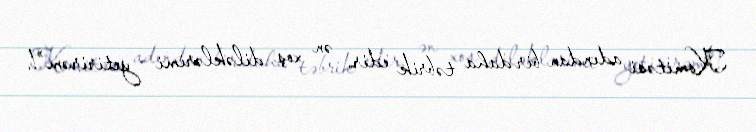
Komitəsi adından bir daha təbrik edir, ən xoş diləklərimi yetirirəm”!.